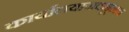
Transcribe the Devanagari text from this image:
कार्यालयाजवळूनच